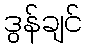
ဒွန်ချင်